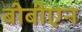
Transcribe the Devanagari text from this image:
बीबीएन